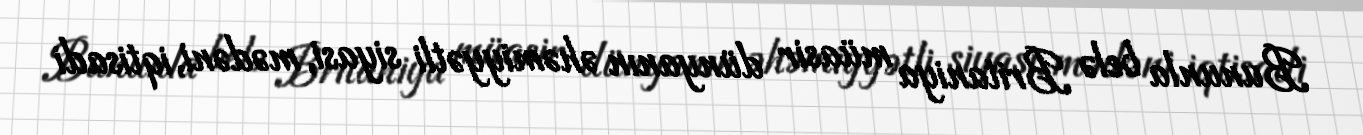
Bununla belə Britaniya müasir dünyanın əhəmiyyətli siyasi, mədəni, iqtisadi